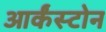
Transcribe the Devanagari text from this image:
आर्कंस्टोन